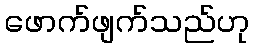
ဖောက်ဖျက်သည်ဟု